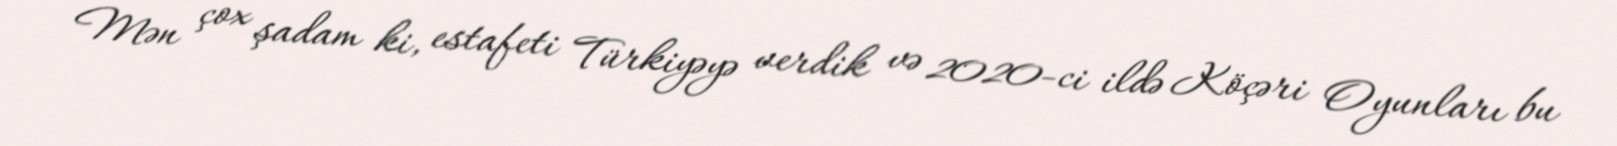
Mən çox şadam ki, estafeti Türkiyəyə verdik və 2020-ci ildə Köçəri Oyunları bu